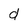
Character: d